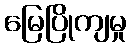
မြေပြိုကျမှု